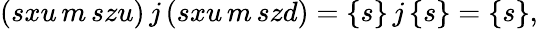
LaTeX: (sxu\, m\, szu)\, j\, (sxu\, m\, szd)=\{ s\} \, j\, \{ s\} =\{ s\} ,